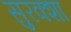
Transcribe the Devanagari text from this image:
सुरक्शा